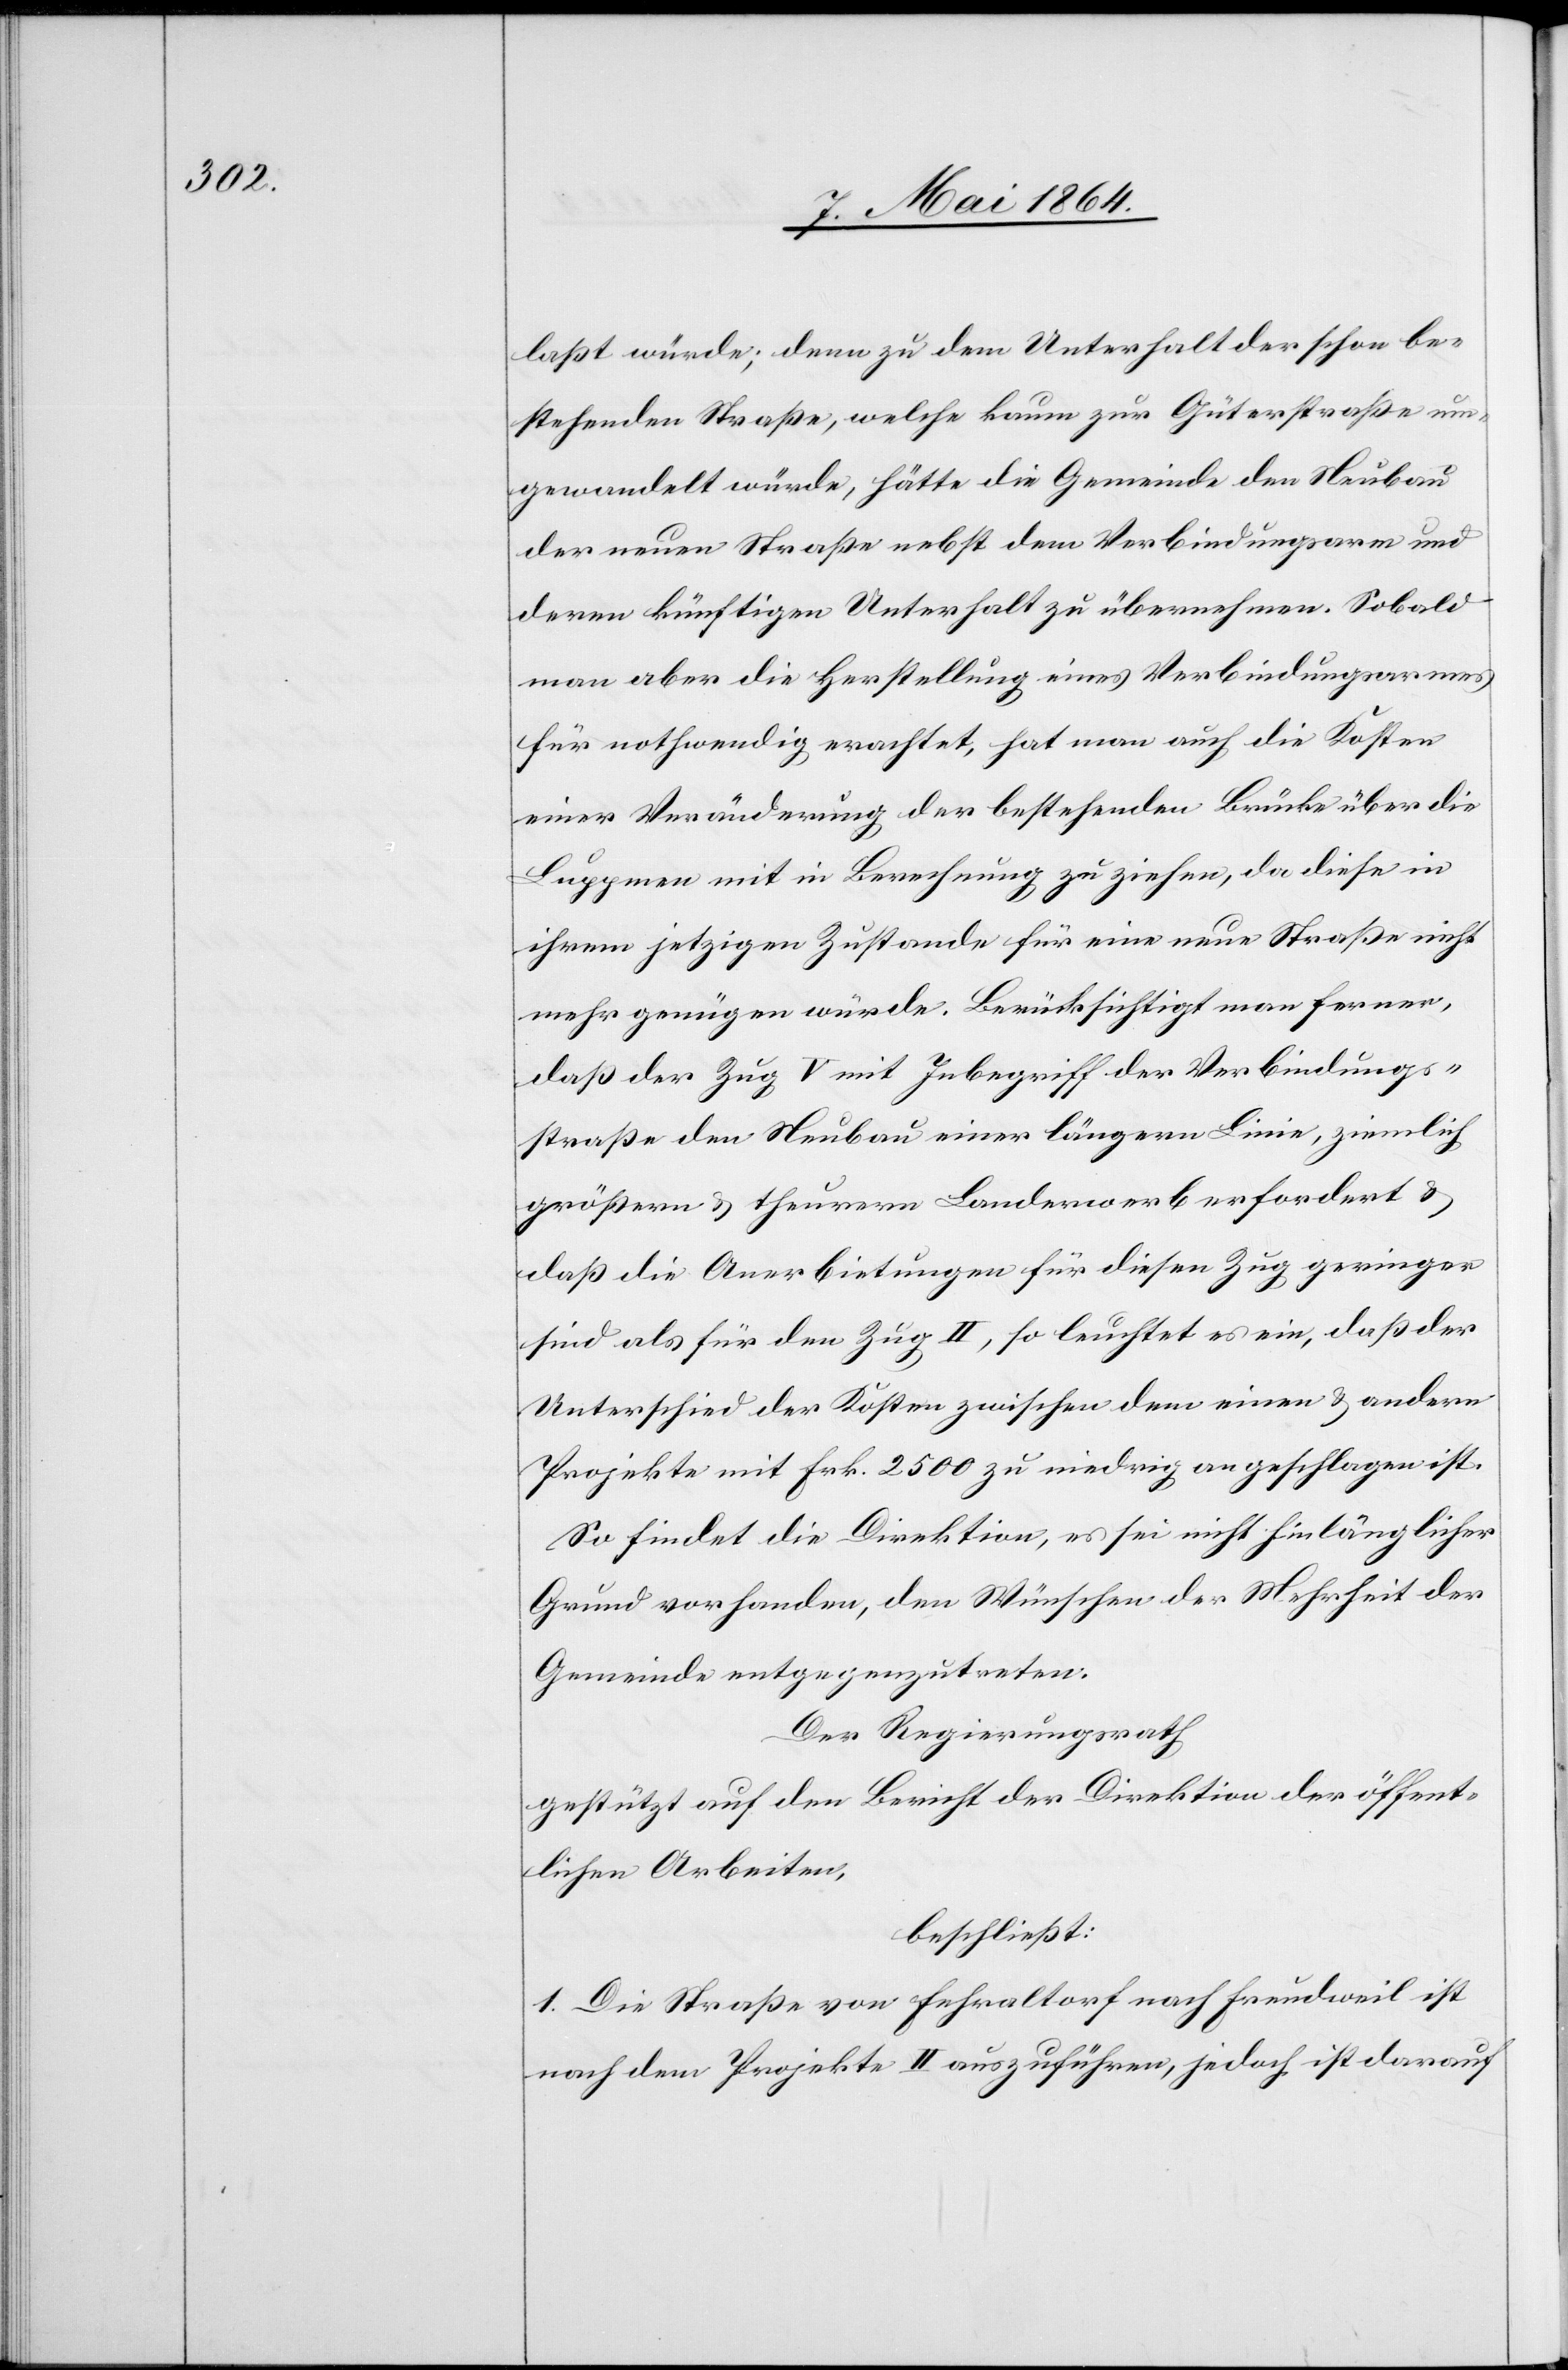
laßt würde; denn zu dem Unterhalt der schon be¬
stehenden Straße, welche kaum zur Güterstraße um¬
gewandelt würde, hätte die Gemeinde den Neubau
der neuen Straße nebst dem Verbindungsarm und
deren künftigen Unterhalt zu übernehmen. Sobald
man aber die Herstellung eines Verbindungsarmes
für nothwendig erachtet, hat man auch die Kosten
einer Veränderung der bestehenden Brücke über die
Luppmen mit in Berechnung zu ziehen, da diese in
ihrem jetzigen Zustande für eine neue Straße nicht
mehr genügen würde. Berücksichtigt man ferner,
daß der Zug V mit Inbegriff der Verbindungs¬
straße den Neubau einer längern Linie, ziemlich
größern u. theurern Landerwerb erfordert u.
daß die Anerbietungen für diesen Zug geringer
sind als für den Zug II, so leuchtet es ein, daß der
Unterschied der Kosten zwischen dem einen u. andern
Projekte mit Frk. 2500 zu niedrig angeschlagen ist.
So findet die Direktion, es sei nicht hinlänglicher
Grund vorhanden, den Wünschen der Mehrheit der
Gemeinde entgegenzutreten.
Der Regierungsrath
gestützt auf den Bericht der Direktion der öffent¬
lichen Arbeiten,
beschließt:
1. Die Straße von Fehraltorf nach Freudweil ist
nach dem Projekte II auszuführen, jedoch ist darauf